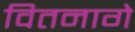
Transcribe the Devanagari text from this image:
वितनागे